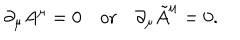
LaTeX: \partial _ { \mu } A ^ { \mu } = 0 \quad \mathrm { o r } \quad \partial _ { \mu } \tilde { A } ^ { \mu } = 0 .